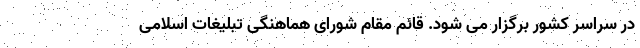
در سراسر کشور برگزار می شود. قائم مقام شورای هماهنگی تبلیغات اسلامی